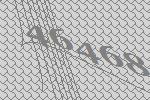
46468